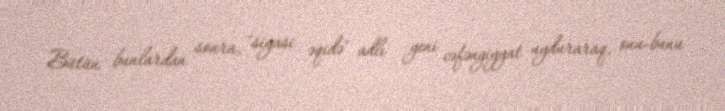
Bütün bunlardan sonra, "siyasi əqidə" adlı yeni cəfəngiyyat uyduraraq, onu-bunu